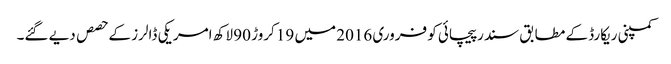
کمپنی ریکارڈ کے مطابق سندر پیچائی کو فروری 2016 میں 19 کروڑ 90 لاکھ امریکی ڈالرز کے حصص دیے گئے۔